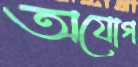
অযোগ